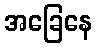
အခြေနေ